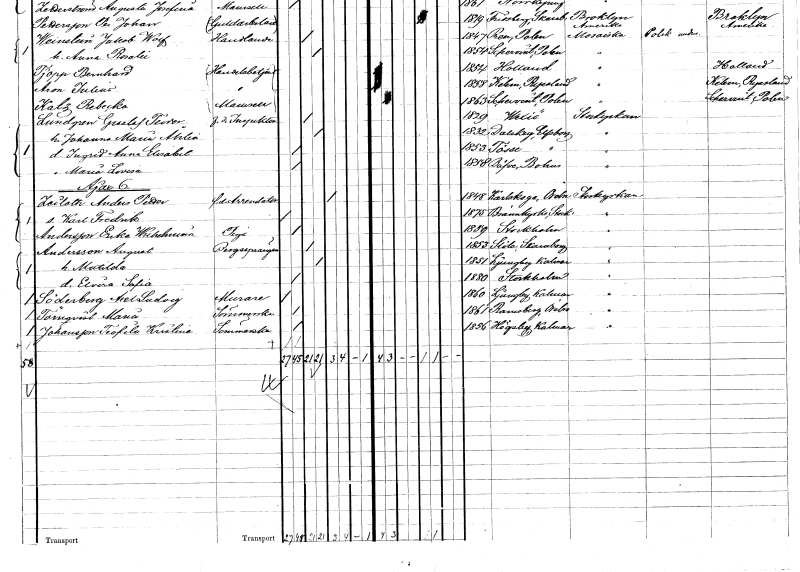
gt_parse: households: individuals: FN: Gustaf Teodor
EN: Lundgren
YRKE: Inspektor f.d.
KON: M
CIV: G
FODAR: 1829
FODFORS: Växjö Kronobergs län
FN: Johanna Maria
EN: Åhlen
KON: K
CIV: G
FODAR: 1832
FODFORS: Dalskog Älvsborgs län
FN: Ingrid Anna Elisabet
KON: K
CIV: O
FODAR: 1853
FODFORS: Tösse Älvsborgs län
FN: Maria Lovisa
KON: K
CIV: O
FODAR: 1858
FODFORS: Bäve Göteborgs- och Bohuslän
FN: Anders Petter
EN: Zeiloth
YRKE: Arrendator f.d.
KON: M
CIV: E
FODAR: 1848
FODFORS: Karlskoga Örebro län
FN: Karl Fredrik
KON: M
CIV: O
FODAR: 1875
FODFORS: Brännkyrka Stockholms län
FN: Erika Wilhelmina
EN: Andersson
YRKE: Piga
KON: K
CIV: O
FODAR: 1859
FODFORS: Stockholm
FN: August
EN: Andersson
YRKE: Bergsprängare
KON: M
CIV: G
FODAR: 1853
FODFORS: Slöta Skaraborgs län
FN: Matilda
KON: K
CIV: G
FODAR: 1851
FODFORS: Ljungby Kalmar län
FN: Elvira Sofia
KON: K
CIV: O
FODAR: 1880
FODFORS: Stockholm
FN: Axel Ludvig
EN: Söderberg
YRKE: Murare
KON: M
CIV: O
FODAR: 1860
FODFORS: Ljungby Kalmar län
FN: Maria
EN: Törnqvist
YRKE: Sömmerska
KON: K
CIV: O
FODAR: 1861
FODFORS: Ramsberg Örebro län
FN: Teofila Kristina
EN: Johansson
YRKE: Sömmerska
KON: K
CIV: O
FODAR: 1856
FODFORS: Högsby Kalmar län